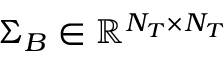
\boldsymbol { \Sigma } _ { B } \in \mathbb { R } ^ { N _ { T } \times N _ { T } }